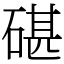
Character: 碪